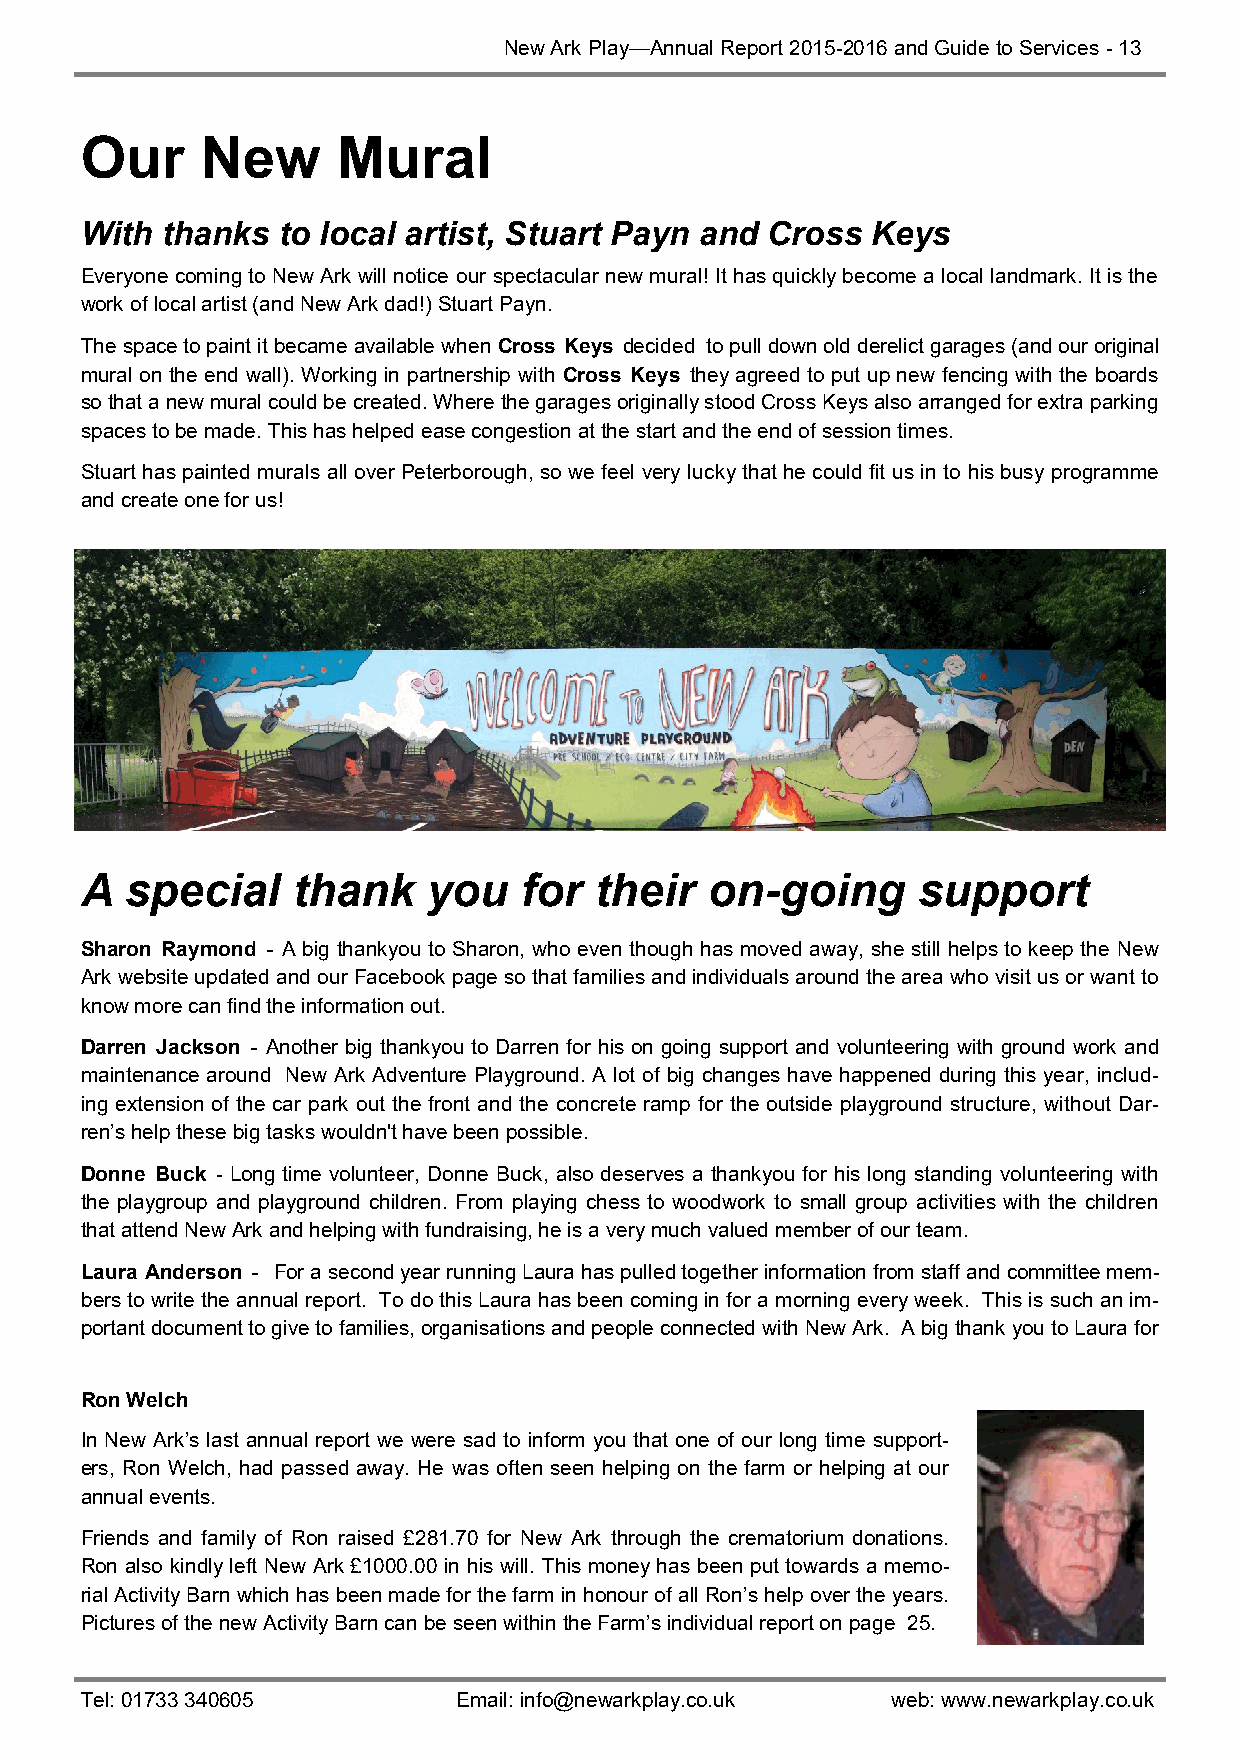
New Ark Play—Annual Report 2015-2016 and Guide to Services - 13
 Our     New      Mural
 With  thanks to local artist, Stuart Payn and Cross  Keys
 Everyone coming to New Ark will notice our spectacular new mural! It has quickly become a local landmark. It is the
 work of local artist (and New Ark dad!) Stuart Payn.
 The space to paint it became available when Cross Keys decided to pull down old derelict garages (and our original
 mural on the end wall). Working in partnership with Cross Keys they agreed to put up new fencing with the boards
 so that a new mural could be created. Where the garages originally stood Cross Keys also arranged for extra parking
 spaces to be made. This has helped ease congestion at the start and the end of session times.
 Stuart has painted murals all over Peterborough, so we feel very lucky that he could fit us in to his busy programme
 and create one for us!
 A  special    thank    you    for their   on-going      support
 Sharon Raymond - A big thankyou to Sharon, who even though has moved away, she still helps to keep the New
 Ark website updated and our Facebook page so that families and individuals around the area who visit us or want to
 know more can find the information out.
 Darren Jackson - Another big thankyou to Darren for his on going support and volunteering with ground work and
 maintenance around New Ark Adventure Playground. A lot of big changes have happened during this year, includ-
 ing extension of the car park out the front and the concrete ramp for the outside playground structure, without Dar-
 ren’s help these big tasks wouldn't have been possible.
 Donne Buck - Long time volunteer, Donne Buck, also deserves a thankyou for his long standing volunteering with
 the playgroup and playground children. From playing chess to woodwork to small group activities with the children
 that attend New Ark and helping with fundraising, he is a very much valued member of our team.
 Laura Anderson - For a second year running Laura has pulled together information from staff and committee mem-
 bers to write the annual report. To do this Laura has been coming in for a morning every week. This is such an im-
 portant document to give to families, organisations and people connected with New Ark. A big thank you to Laura for
 Ron Welch
 In New Ark’s last annual report we were sad to inform you that one of our long time support-
 ers, Ron Welch, had passed away. He was often seen helping on the farm or helping at our
 annual events.
 Friends and family of Ron raised £281.70 for New Ark through the crematorium donations.
 Ron also kindly left New Ark £1000.00 in his will. This money has been put towards a memo-
 rial Activity Barn which has been made for the farm in honour of all Ron’s help over the years.
 Pictures of the new Activity Barn can be seen within the Farm’s individual report on page 25.
 Tel: 01733 340605        Email: info@newarkplay.co.uk web: www.newarkplay.co.uk